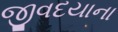
જીવદયાના